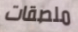
ملصقات